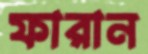
ফারান